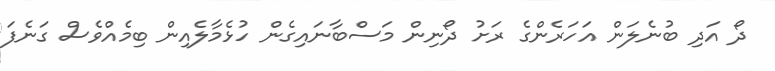
ދޯ އަދި ބުނެލަން އަހަރެންގެ ރަށު ދޯނިން މަސްބާނައިގެން ހުޅެމާލެއިން ބިމެއްވެސް ގަނެފަ